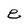
Character: e